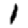
Digit: 1